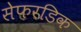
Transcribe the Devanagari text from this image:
सेफरडिक